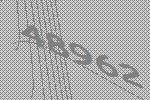
48962